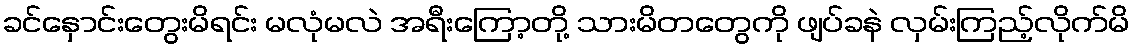
ခင်နှောင်းတွေးမိရင်း မလုံမလဲ အရီးကြော့တို့ သားမိတတွေကို ဖျပ်ခနဲ လှမ်းကြည့်လိုက်မိ